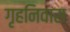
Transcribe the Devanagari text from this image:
गृहनिवास